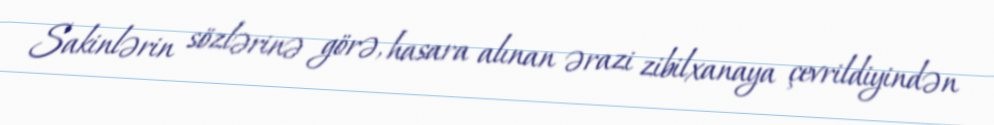
Sakinlərin sözlərinə görə, hasara alınan ərazi zibilxanaya çevrildiyindən